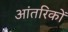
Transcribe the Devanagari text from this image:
आंतरिकों